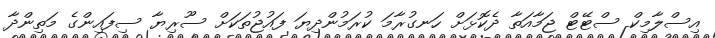
އިސްލާމިކް ސްޓޭޓް ޖަމާއަތާ ދެކޮޅަށް ހަނގުރާމަ ކުރަމުންދިޔަ ފައުޖުތަކަށް ސޫރިޔާ ސިފައިންގެ މަތިންދާ